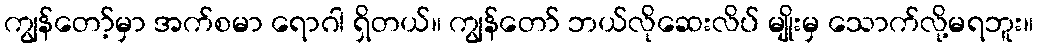
ကျွန်တော့်မှာ အက်စမာ ရောဂါ ရှိတယ်။ ကျွန်တော် ဘယ်လိုဆေးလိပ် မျိုးမှ သောက်လို့မရဘူး။